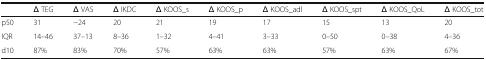
<table><thead><tr><td></td><td><b>Δ TEG</b></td><td><b>Δ VAS</b></td><td><b>Δ IKDC</b></td><td><b>Δ KOOS_s</b></td><td><b>Δ KOOS_p</b></td><td><b>Δ KOOS_adl</b></td><td><b>Δ KOOS_spt</b></td><td><b>Δ KOOS_QoL</b></td><td><b>Δ KOOS_tot</b></td></tr></thead><tbody><tr><td>p50</td><td>31</td><td>−24</td><td>20</td><td>21</td><td>19</td><td>17</td><td>15</td><td>13</td><td>20</td></tr><tr><td>IQR</td><td>14–46</td><td>37–13</td><td>8–36</td><td>1–32</td><td>4–41</td><td>3–33</td><td>0–50</td><td>0–38</td><td>4–36</td></tr><tr><td>d10</td><td>87%</td><td>83%</td><td>70%</td><td>57%</td><td>63%</td><td>63%</td><td>57%</td><td>63%</td><td>67%</td></tr></tbody></table>